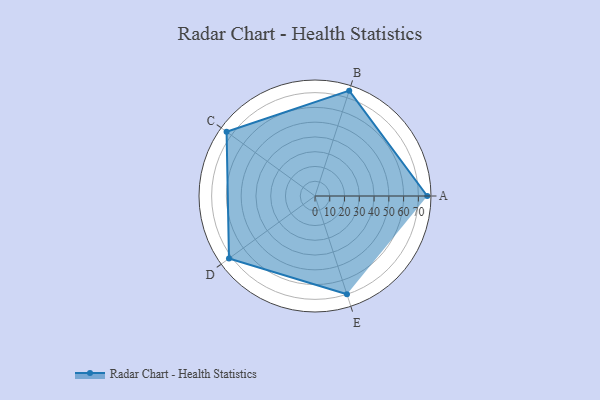
{"axis": {"x": "Skill", "y": "Score"}, "legend": ["Profile"], "data": [{"x": "A", "y": 76.0, "type": "Profile"}, {"x": "B", "y": 75.0, "type": "Profile"}, {"x": "C", "y": 74.0, "type": "Profile"}, {"x": "D", "y": 72.0, "type": "Profile"}, {"x": "E", "y": 70.0, "type": "Profile"}]}